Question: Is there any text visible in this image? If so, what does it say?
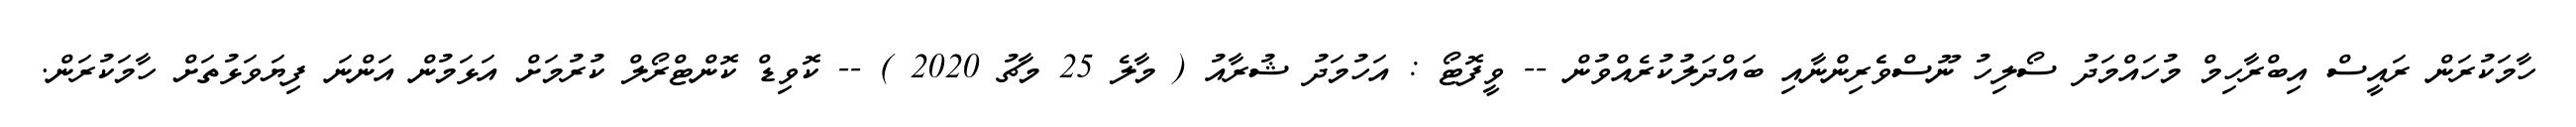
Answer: ހާމަކުރަން ރައީސް އިބްރާހިމް މުހައްމަދު ސޯލިހު ނޫސްވެެރިންނާއި ބައްދަލުކުރެއްވުން -- ވީފޮޓޯ : އަހުމަދު ޝުރާއު ( މާލެ 25 މާޗު 2020 ) -- ކޮވިޑް ކޮންޓްރޯލް ކުރުމަށް އަޅަމުން އަންނަ ފިޔަވަޅުތަށް ހާމަކުރަން.